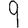
Digit: 9